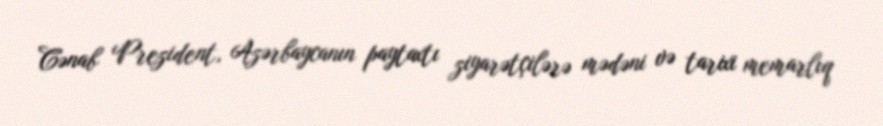
Cənab Prezident, Azərbaycanın paytaxtı ziyarətçilərə mədəni və tarixi memarlıq